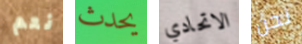
نعم يحدث الاتحادي نحن